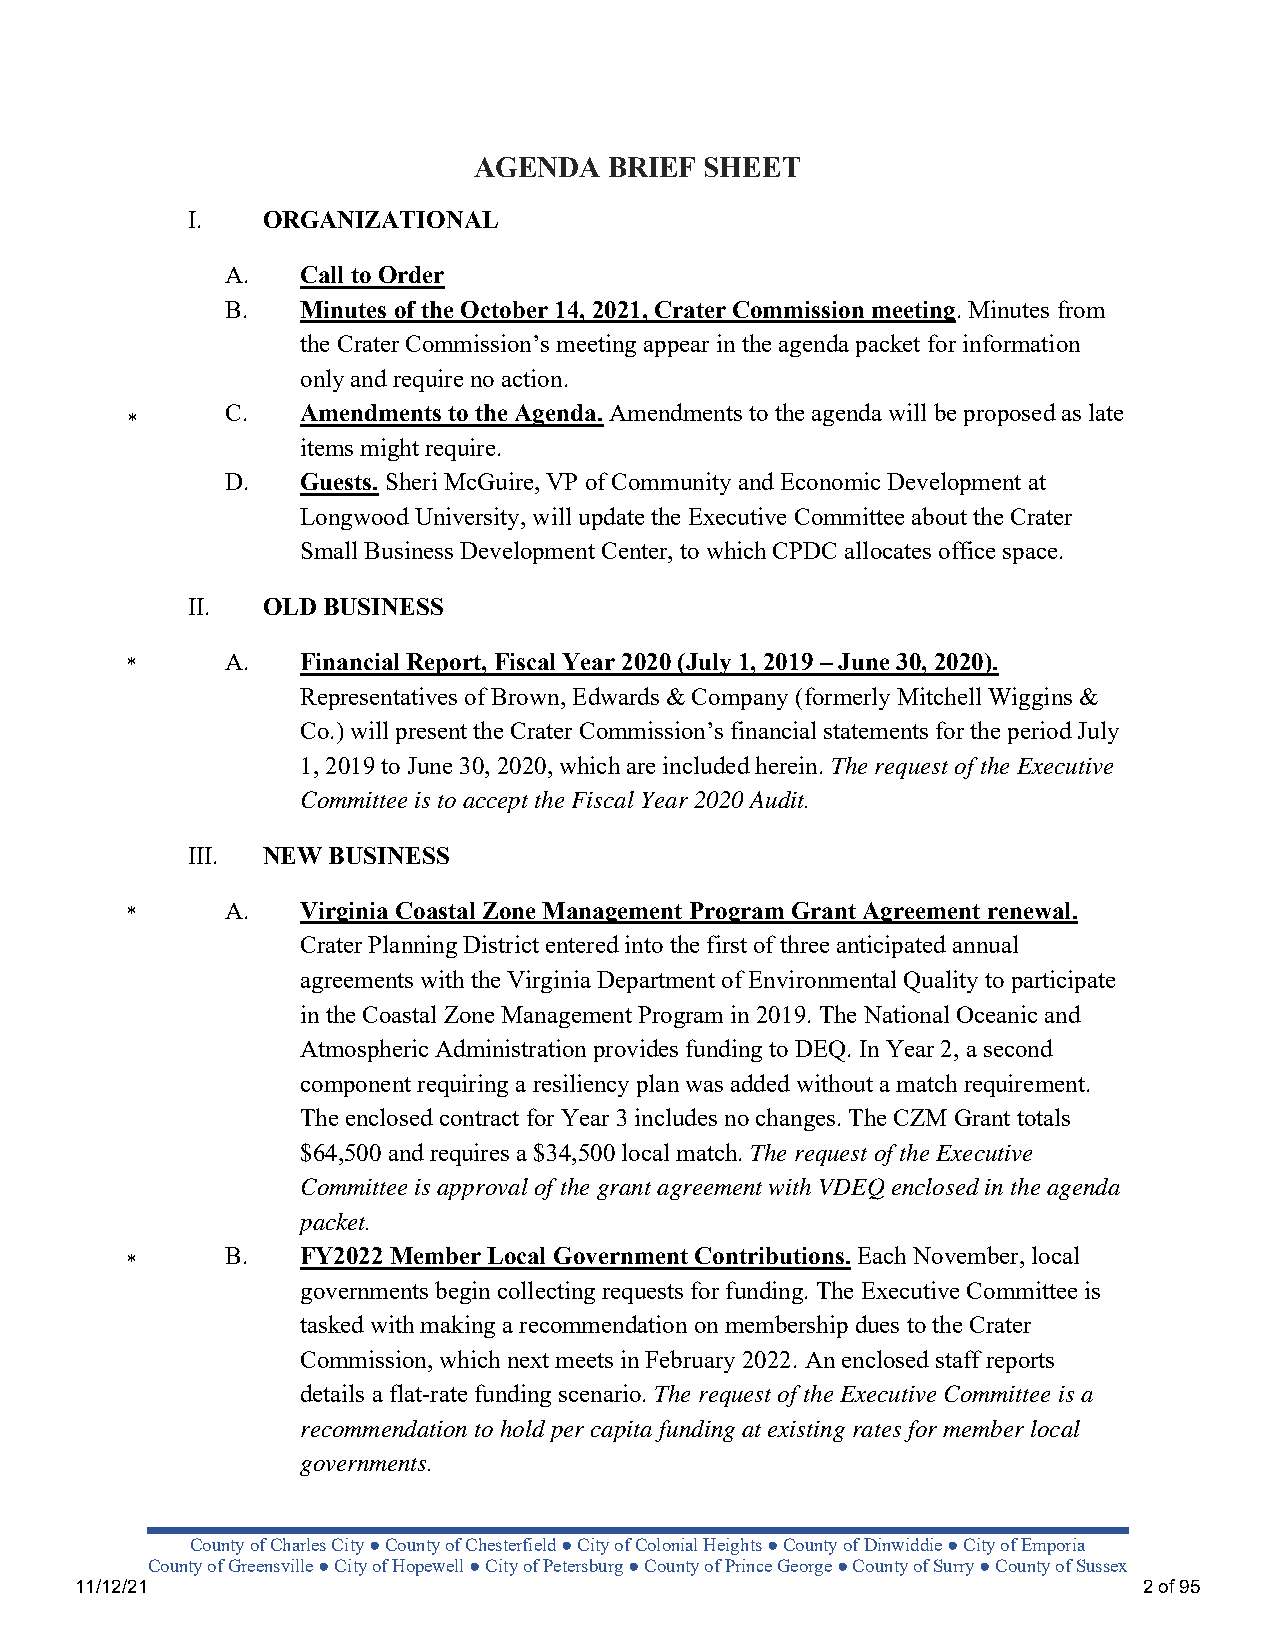
AGENDA   BRIEF  SHEET
 I.   ORGANIZATIONAL
 A.   Call to Order
 B.   Minutes of the October 14, 2021, Crater Commission meeting. Minutes from
 the Crater Commission’s meeting appear in the agenda packet for information
 only and require no action.
 C.   Amendments to the Agenda. Amendments to the agenda will be proposed as late
 *
 items might require.
 D.   Guests. Sheri McGuire, VP of Community and Economic Development at
 Longwood University, will update the Executive Committee about the Crater
 Small Business Development Center, to which CPDC allocates office space.
 II.  OLD BUSINESS
 *      A.   Financial Report, Fiscal Year 2020 (July 1, 2019 – June 30, 2020).
 Representatives of Brown, Edwards & Company (formerly Mitchell Wiggins &
 Co.) will present the Crater Commission’s financial statements for the period July
 1, 2019 to June 30, 2020, which are included herein. The request of the Executive
 Committee is to accept the Fiscal Year 2020 Audit.
 III. NEW  BUSINESS
 *      A.   Virginia Coastal Zone Management Program Grant Agreement renewal.
 Crater Planning District entered into the first of three anticipated annual
 agreements with the Virginia Department of Environmental Quality to participate
 in the Coastal Zone Management Program in 2019. The National Oceanic and
 Atmospheric Administration provides funding to DEQ. In Year 2, a second
 component requiring a resiliency plan was added without a match requirement.
 The enclosed contract for Year 3 includes no changes. The CZM Grant totals
 $64,500 and requires a $34,500 local match. The request of the Executive
 Committee is approval of the grant agreement with VDEQ enclosed in the agenda
 packet.
 B.   FY2022 Member Local Government Contributions. Each November, local
 *
 governments begin collecting requests for funding. The Executive Committee is
 tasked with making a recommendation on membership dues to the Crater
 Commission, which next meets in February 2022. An enclosed staff reports
 details a flat-rate funding scenario. The request of the Executive Committee is a
 recommendation to hold per capita funding at existing rates for member local
 governments.
 County of Charles City ● County of Chesterfield ● City of Colonial Heights ● County of Dinwiddie ● City of Emporia
 County of Greensville ● City of Hopewell ● City of Petersburg ● County of Prince George ● County of Surry ● County of Sussex
 11/12/21                                                               2 of 95